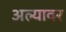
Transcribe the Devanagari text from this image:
अल्यावर